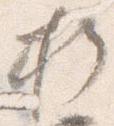
折